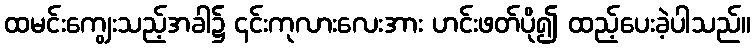
ထမင်းကျွေးသည့်အခါ၌ ၎င်းကုလားလေးအား ဟင်းဖတ်ပို၍ ထည့်ပေးခဲ့ပါသည်။